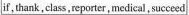
if,thank,class,reporter,nedical,succeed